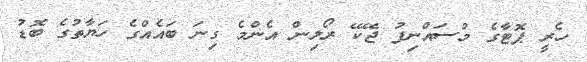
ހެރީ ޕޮޓާގެ މުސައްނިފު ޖޭކޭ ރޯލިން އެންމެ ގިނަ ބައެއްގެ ހަޔާތުގެ ބޮޑު